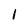
Character: 1